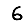
Digit: 6